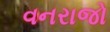
વનરાજો